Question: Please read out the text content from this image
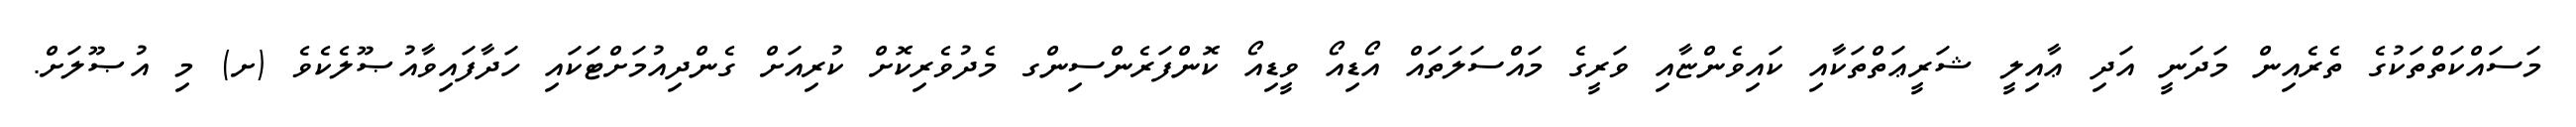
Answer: މަސައްކަތްތަކުގެ ތެރެއިން މަދަނީ އަދި ޢާއިލީ ޝަރީޢަތްތަކާއި ކައިވެންޏާއި ވަރީގެ މައްސަލަތައް އޯޑިއޯ ވީޑިއޯ ކޮންފަރެންސިންގ މެދުވެރިކޮށް ކުރިއަށް ގެންދިއުމަށްޓަކައި ހަދާފައިވާއުޞޫލެކެވެ (ށ) މި އުޞޫލަށް.